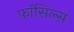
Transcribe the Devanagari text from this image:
फ़ॉसिल्स